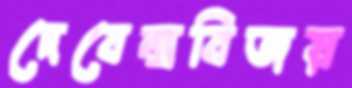
দেবেন্দ্রবিজয়